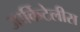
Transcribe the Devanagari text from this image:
आर्किटेलीस